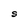
Character: S